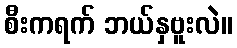
စီးကရက် ဘယ်နှဗူးလဲ။